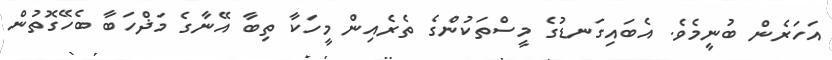
އަހަރެން ބުނީމެވެ. އެބައިގަނޑުގެ މީސްތަކުންގެ ތެރެއިން މީހަކާ ތިބާ އޭނާގެ މަޛްހަބާ ބެހޭގޮތުން